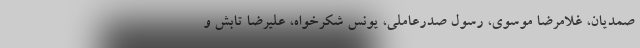
صمدیان، غلامرضا موسوی، رسول صدرعاملی، یونس شکرخواه، علیرضا تابش و